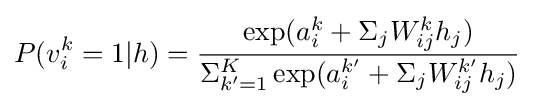
P(v_{i}^{k}=1|h)={\frac {\exp(a_{i}^{k}+\Sigma _{j}W_{ij}^{k}h_{j})}{\Sigma _{k'=1}^{K}\exp(a_{i}^{k'}+\Sigma _{j}W_{ij}^{k'}h_{j})}}